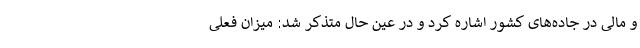
و مالی در جاده‌های کشور اشاره کرد و در عین حال متذکر شد: میزان فعلی